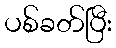
ပစ်ခတ်ပြီး